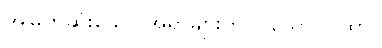
အမြတ်ဆုံးသော အရာများကို ပြသော ဂါထာ။